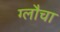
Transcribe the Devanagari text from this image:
ग्लौचा